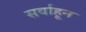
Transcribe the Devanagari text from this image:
सर्वाहून